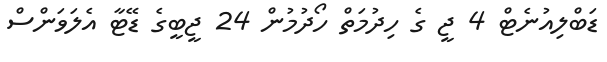
ޑަބްލިއުނެޓް 4 ޖީ ގެ ހިދުމަތް ހޯދުމުން 24 ޖީބީގެ ޑޭޓާ އެލަވަންސް